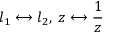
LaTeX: l _ { 1 } \longleftrightarrow l _ { 2 } , \; z \longleftrightarrow \frac 1 z